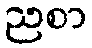
ညစာ